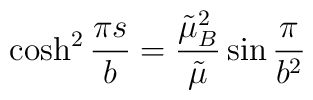
\cosh^{2}\frac{\pi s}b=\frac{\tilde\mu_{B}^{2}}{\tilde\mu}\sin\frac\pi{b^{2}}